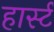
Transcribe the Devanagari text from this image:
हार्स्ट